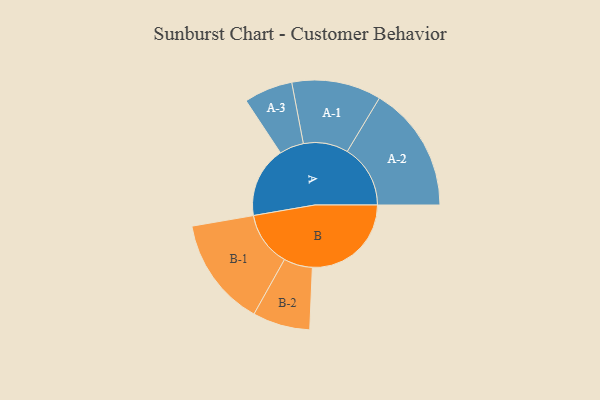
{"axis": {"x": "Segment", "y": "Value"}, "legend": ["", "A", "B"], "data": [{"x": "A", "y": 309, "type": ""}, {"x": "B", "y": 431, "type": ""}, {"x": "A-1", "y": 195, "type": "A"}, {"x": "A-2", "y": 275, "type": "A"}, {"x": "A-3", "y": 106, "type": "A"}, {"x": "B-1", "y": 238, "type": "B"}, {"x": "B-2", "y": 125, "type": "B"}]}